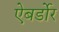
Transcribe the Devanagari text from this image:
ऐबर्डोर